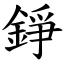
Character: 錚